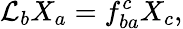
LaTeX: {\cal L}_{b}X_{a}=f_{ba}^{c}X_{c},